Annual report of the Madras Medical College
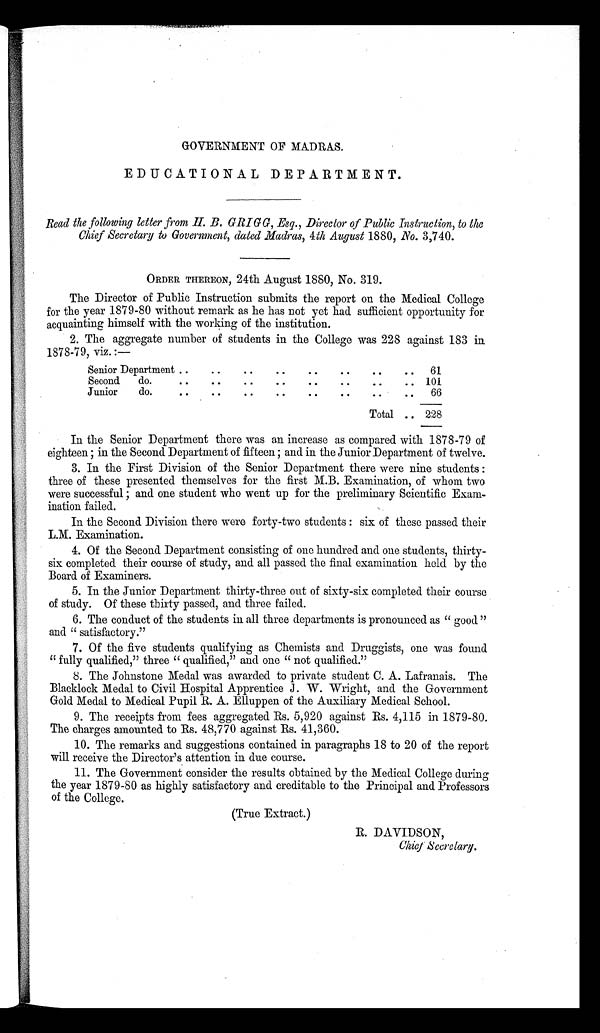
GOVERNMENT OF MADRAS.
EDUCATIONAL DEPARTMENT.
Read the following letter from H. B. GRIGG, Esq., Director of Public Instruction, to the
Chief Secretary to Government, dated Madras, 4 th August 1880, No. 3,740.
ORDER THEREON, 24th August 1880, No. 319.
The Director of Public Instruction submits the report on the Medical College
for the year 1879-80 without remark as he has not yet had sufficient opportunity for
acquainting himself with the working of the institution.
2.
The aggregate number of students in the College was 228 against 183 in
1878-79, viz.:—
61
101
6 6
In the Senior Department there was an increase as compared with 1878-79 of
eighteen; in the Second Department of fifteen; and in the Junior Department of twelve.
3.
In the First Division of the Senior Department there were nine students:
three of these presented themselves for the first M.B. Examination, of whom two
were successful; and one student who went up for the preliminary Scientific Exam-
ination failed.
In the Second Division there were forty-two students: six of these passed their
L.M. Examination.
4.
Of the Second Department consisting of one hundred and one students, thirty
¬ s i x c o m p l e t e d t h e i r c o u r s e o f s t u d y , a n d a l l p a s s e d t h e f i n a l e x a m i n a t i o n h e l d b y t h e
Board of Examiners.
5.
In the Junior Department thirty-three out of sixty-six completed their course
of study. Of these thirty passed, and three failed.
6.
The conduct of the students in all three departments is pronounced as "good"
and "satisfactory."
7.
Of the five students qualifying as Chemists and Druggists, one was found
"fully qualified," three "qualified," and one "not qualified."
8.
The Johnstone Medal was awarded to private student C. A. Lafranais. The
Blacklock Medal to Civil Hospital Apprentice J. W. Wright, and the Government
Gold Medal to Medical Pupil R. A. Elluppen of the Auxiliary Medical School.
9.
The receipts from fees aggregated Rs. 5,920 against Rs. 4,115 in 1879-80.
The charges amounted to Rs. 48,770 against Rs. 41,360.
10.
The remarks and suggestions contained in paragraphs 18 to 20 of the report
will receive the Director's attention in due course.
11.
The Government consider the results obtained by the Medical College during
the year 1879-80 as highly satisfactory and creditable to the Principal and Professors
of the College.
(True Extract.)
R. DAVIDSON,
Chief Secretary.